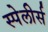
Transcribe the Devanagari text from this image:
स्पेलीर्स